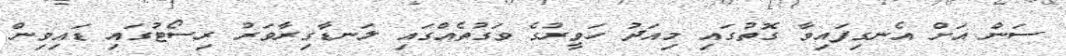
ސަން އަށް އެނގިފައިވާ ގޮތުގައި މިއަދު ހަވީރުގެ ވަގުތެއްގައި ލަނޑާގިރާވަރު ރިސޯޓުގައި ޑައިވިން